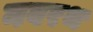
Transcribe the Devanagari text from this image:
नवरथ